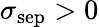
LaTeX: \sigma_{\mathrm{sep}}>0